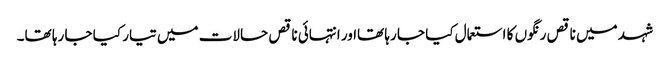
شہد میں ناقص رنگوں کا استعمال کیا جا رہا تھااور انتہائی ناقص حالات میں تیار کیا جا رہا تھا۔